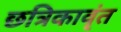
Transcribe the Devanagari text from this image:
छत्रिकावृंत